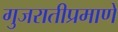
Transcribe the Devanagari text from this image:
गुजरातीप्रमाणे